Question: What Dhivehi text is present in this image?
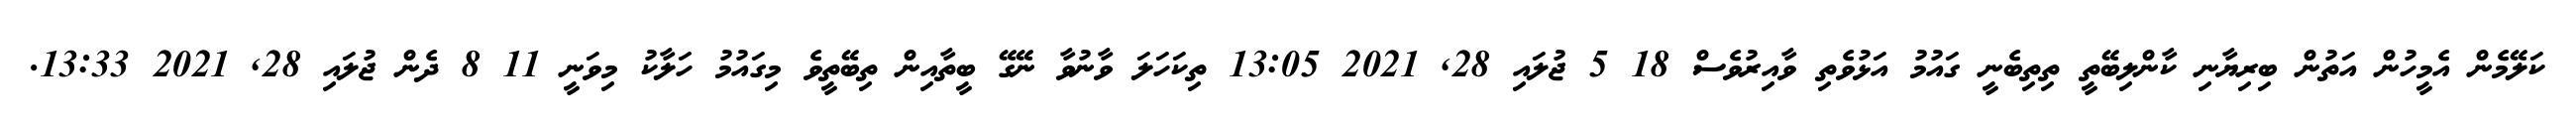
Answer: ކަލޭމެން އެމީހުން އަތުން ބިރިޔާނި ކާންލިބޭތީ ތިތިބެނީ ގައުމު އަޅުވެތި ވާއިރުވެސް 18 5 ޖުލައި 28, 2021 13:05 ތިކަހަލަ ވާނުވާ ނޭގޭ ބީތާއިން ތިބޭތީވެ މިގައުމު ހަލާކު މިވަނީ 11 8 ދެން ޖުލައި 28, 2021 13:33.